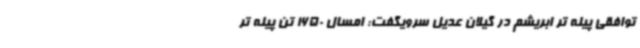
توافقی پیله تر ابریشم در گیلان عدیل سرویگفت: امسال 1650 تن پیله تر